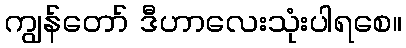
ကျွန်တော် ဒီဟာလေးသုံးပါရစေ။